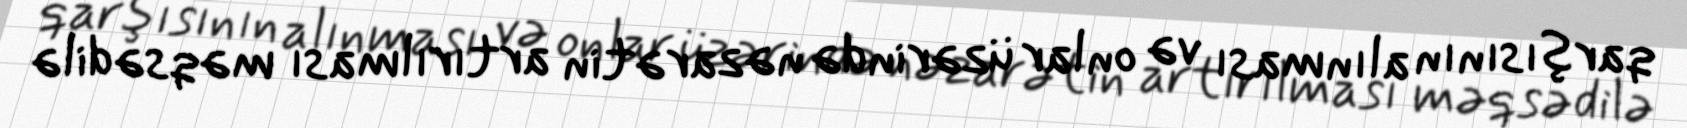
qarşısının alınması və onlar üzərində nəzarətin artırılması məqsədilə